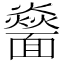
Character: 𩉅